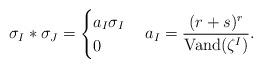
LaTeX: \begin{align*}\sigma_I * \sigma_J = \begin{cases} a_I \sigma_I & \\ 0 & \end{cases} a_I = \frac{(r+s)^r}{\mathrm{Vand}(\zeta^I)}.\end{align*}